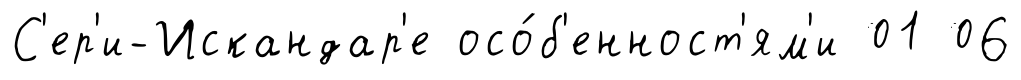
С'ер'и-Искандар'е осо́б'енност'ям'и 01 06